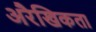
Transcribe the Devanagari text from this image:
अरैखिकता